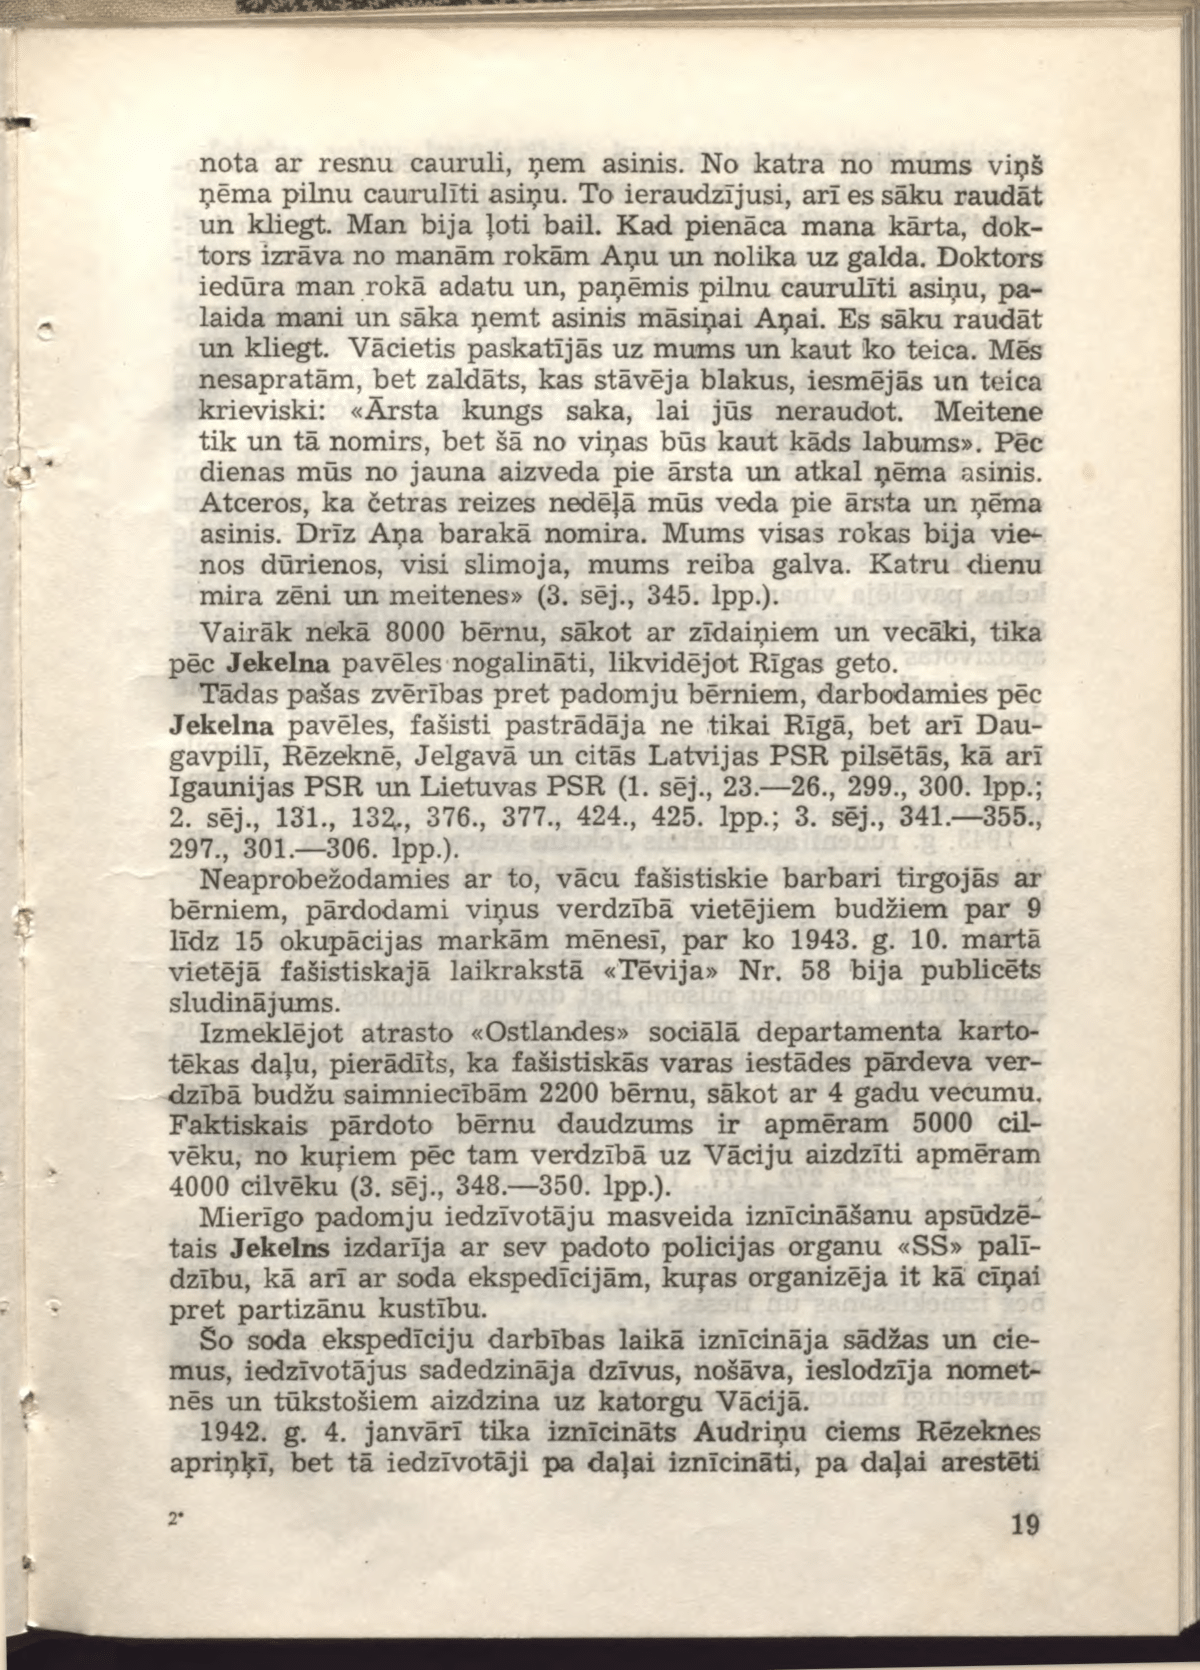
Language: lv